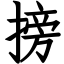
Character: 搒